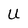
Character: U